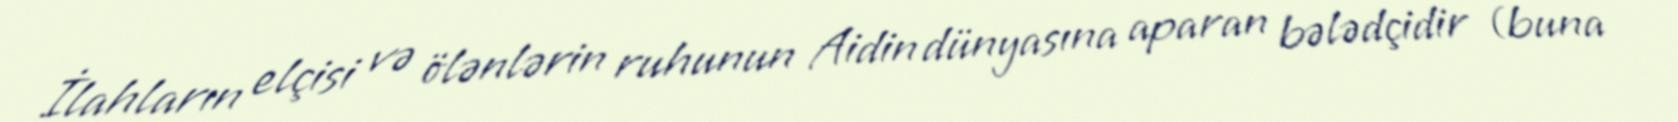
İlahların elçisi və ölənlərin ruhunun Aidin dünyasına aparan bələdçidir (buna